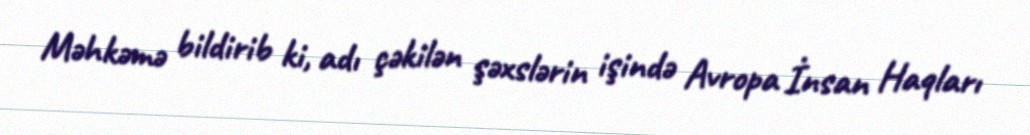
Məhkəmə bildirib ki, adı çəkilən şəxslərin işində Avropa İnsan Haqları